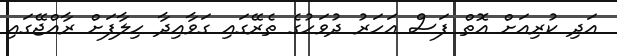
އަދި ކުރިއަށް އޮތް ފަސް އަހަރު ދުވަހުގެ ތެރޭގައި ގަވާއިދާ ހިލާފަށް ރާއްޖޭގައި